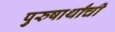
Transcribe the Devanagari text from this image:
पुरुषार्थांची